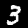
Label: 3